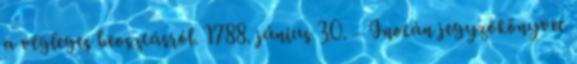
a végleges beosztásról. 1788. június 30. – Inotán jegyzőkönyvet